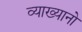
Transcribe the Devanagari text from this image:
व्याख्यानो